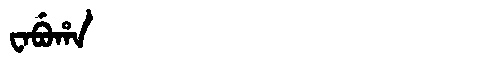
Manchu: ᠸᠠᠪᡠᡥᠠ
Romanization: WABUHA